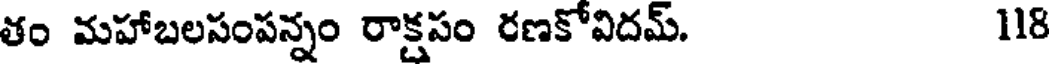
తం మహాబలసంపన్నం రాక్షసం రణకోవిదమ్. 118